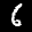
Label: 6